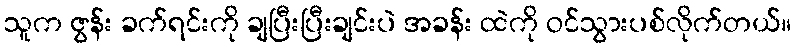
သူက ဇွန်း ခက်ရင်းကို ချပြီးပြီးချင်းပဲ အခန်း ထဲကို ဝင်သွားပစ်လိုက်တယ်။